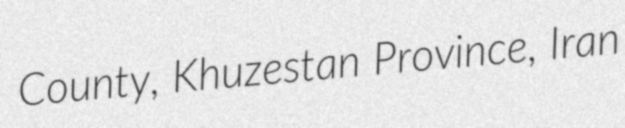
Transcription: County, Khuzestan Province, Iran